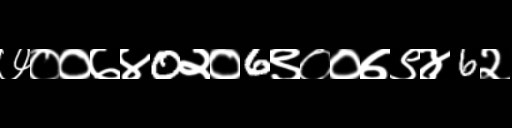
Text: ७००७४0२०6९००७९४6२